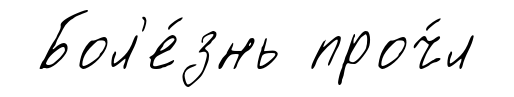
Бол'е́знь проч́л